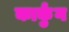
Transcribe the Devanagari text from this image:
कार्कुंग